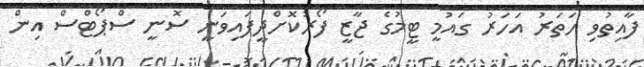
ފާއިތުވި ހަތަރު އަހަރު ގައުމީ ޓީމުގެ ޖާޒީ ފޯރުކޮށްދީފައިވަނީ ސޮނީ ސްޕޯޓްސް އިން